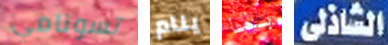
تسونامي ينام بما الشاذلى